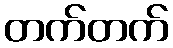
တက်တက်